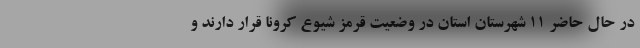
در حال حاضر ۱۱ شهرستان استان در وضعیت قرمز شیوع کرونا قرار دارند و